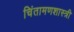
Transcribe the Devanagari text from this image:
चिंतामणशास्त्री